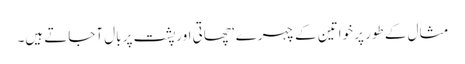
مثال کے طور پر خواتین کے چہرے‘ چھاتی اورپشت پر بال آجاتے ہیں۔